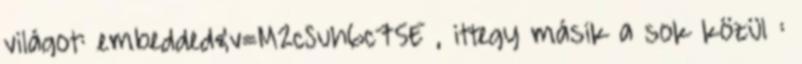
világot: embedded&v=M2cSuh6c75E , ittegy másik a sok közül :